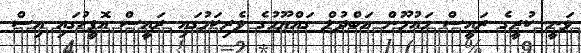
ވަނީ ކުރީގެ ރައީސް މައުމޫން އަބްދުލް ގައްޔޫމުގެ ވެރިކަމުގައި ރައީސް އޮފީހުގައި އިސް